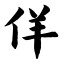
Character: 佯